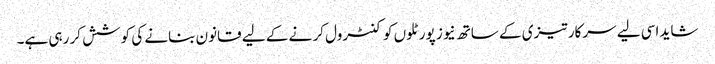
شاید اسی لیے سرکار تیزی کے ساتھ نیوز پورٹلوں کو کنٹرول کر نے کے لیے قانون بنانے کی کوشش کر رہی ہے۔